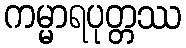
ကမ္မာရပုတ္တဿ